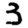
Digit: 3